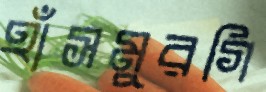
হাঁসমুরগি